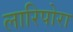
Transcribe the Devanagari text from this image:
लारिपोरा